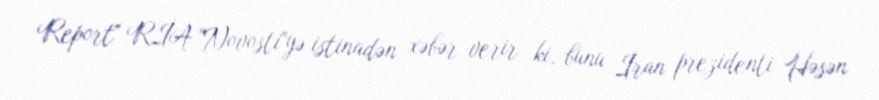
Report" RİA "Novosti"yə istinadən xəbər verir ki, bunu İran prezidenti Həsən